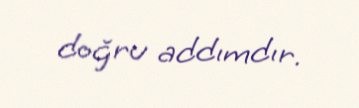
doğru addımdır.